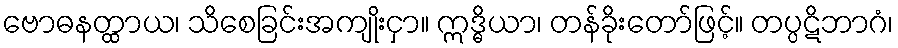
ဗောဓနတ္ထာယ၊ သိစေခြင်းအကျိုးငှာ။ ဣဒ္ဓိယာ၊ တန်ခိုးတော်ဖြင့်။ တပ္ပဋိဘာဂံ၊